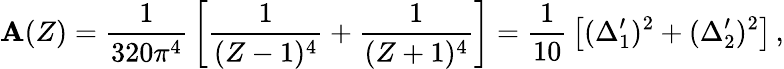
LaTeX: \mathbf{A}(Z)={\frac{{1}}{{320\pi^{4}}}}\left[{\frac{{1}}{{(Z-1)^{4}}}}+{\frac{{1}}{{(Z+1)^{4}}}}\right]={\frac{{1}}{{10}}}\left[(\Delta_{1}^{\prime})^{2}+(\Delta_{2}^{\prime})^{2}\right]\, ,